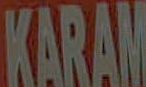
KARAM